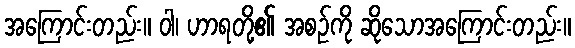
အကြောင်းတည်း။ ဝါ၊ ဟာရတို့၏ အစဉ်ကို ဆိုသောအကြောင်းတည်း။